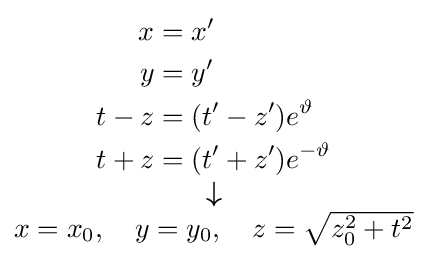
{\scriptstyle {\begin{matrix}{\begin{aligned}x&=x'\\y&=y'\\t-z&=(t'-z')e^{\vartheta }\\t+z&=(t'+z')e^{-\vartheta }\end{aligned}}\\{\boldsymbol {\downarrow }}\\x=x_{0},\quad y=y_{0},\quad z={\sqrt {z_{0}^{2}+t^{2}}}\end{matrix}}}